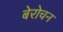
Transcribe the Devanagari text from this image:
बेरोचन